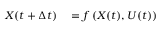
\begin{array} { r l } { X ( t + \Delta t ) } & { { } = f \left( X ( t ) , U ( t ) \right) } \end{array}